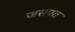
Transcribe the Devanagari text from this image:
जसपत